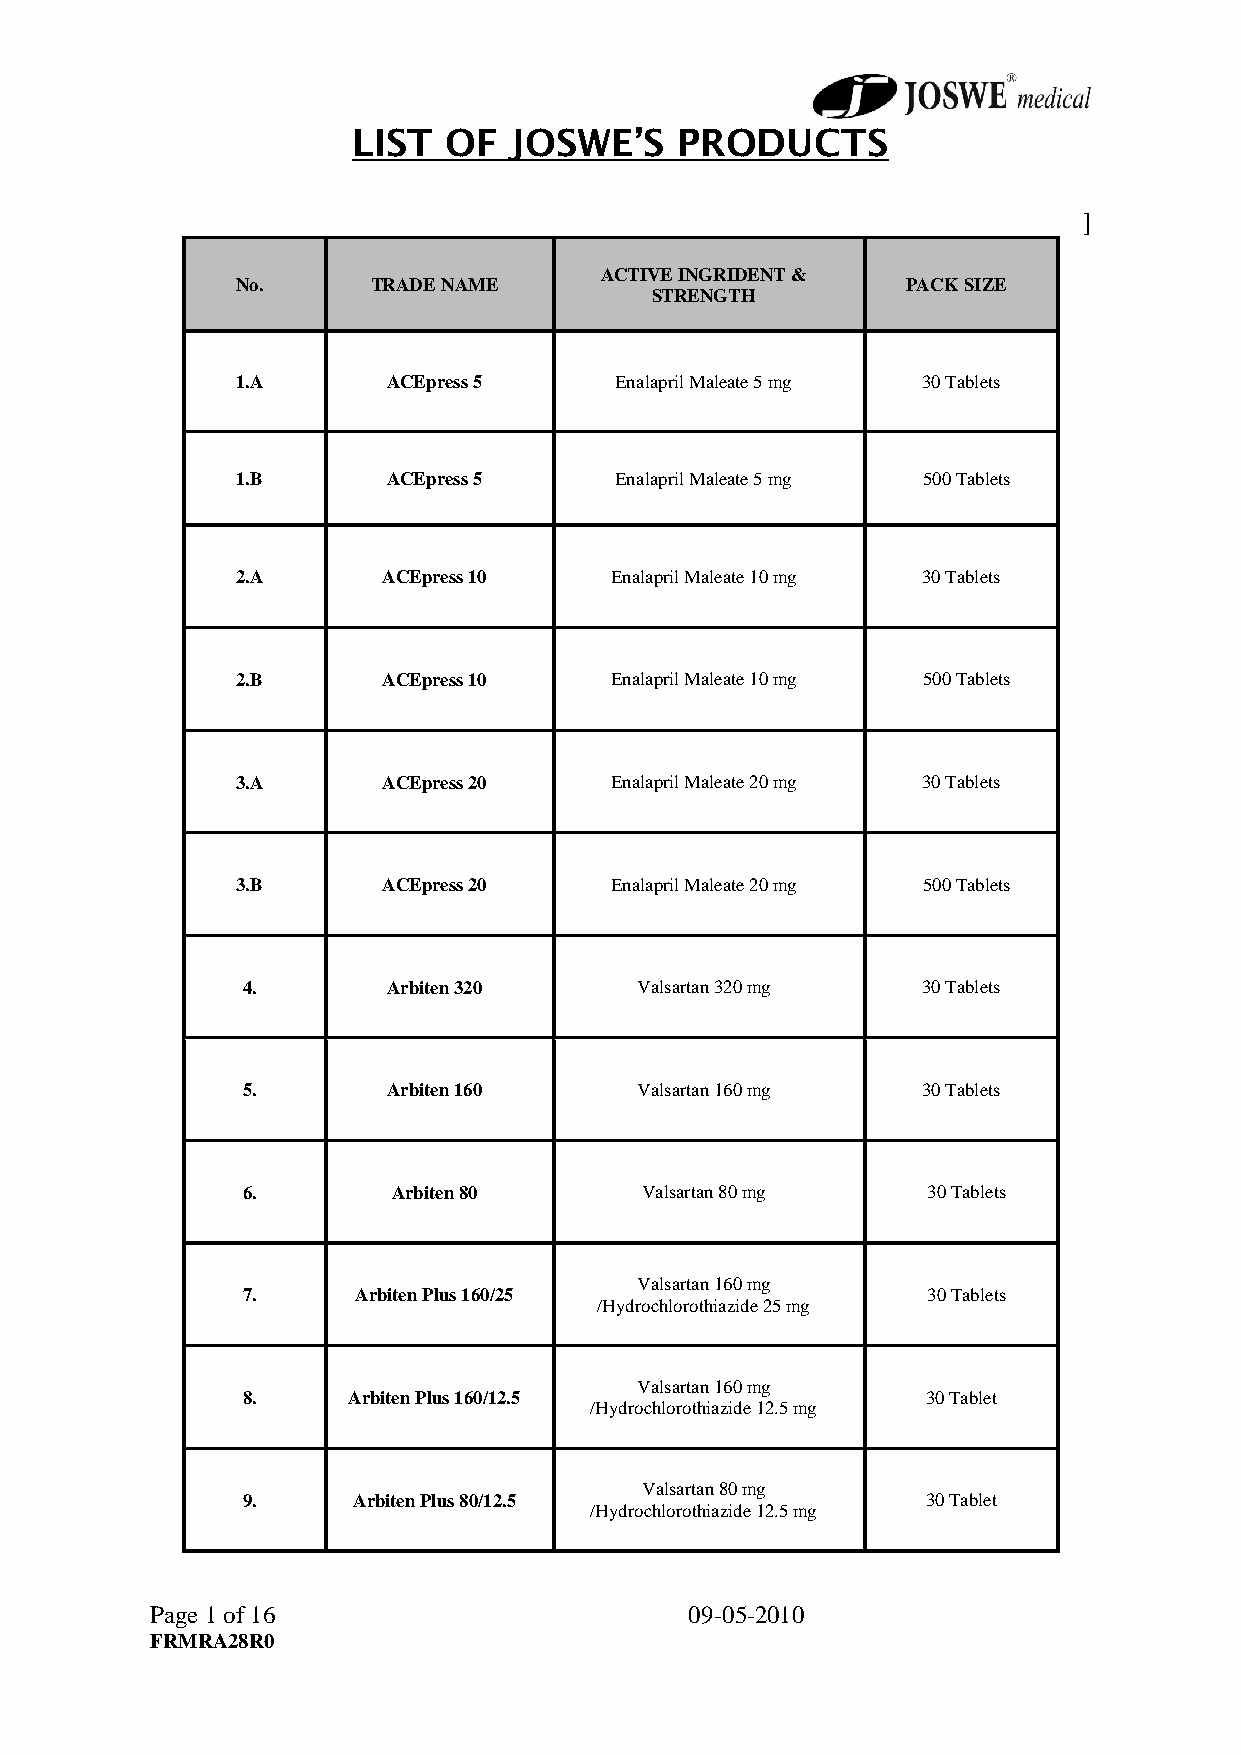
LIST   OF  JOSWE’S    PRODUCTS
 [
 ACTIVE INGRIDENT &
 No.      TRADE NAME                         PACK SIZE
 STRENGTH
 1.A       ACEpress 5     Enalapril Maleate 5 mg 30 Tablets
 1.B       ACEpress 5     Enalapril Maleate 5 mg 500 Tablets
 2.A      ACEpress 10    Enalapril Maleate 10 mg 30 Tablets
 2.B      ACEpress 10    Enalapril Maleate 10 mg 500 Tablets
 3.A      ACEpress 20    Enalapril Maleate 20 mg 30 Tablets
 3.B      ACEpress 20    Enalapril Maleate 20 mg 500 Tablets
 4.        Arbiten 320     Valsartan 320 mg   30 Tablets
 5.        Arbiten 160     Valsartan 160 mg   30 Tablets
 6.        Arbiten 80      Valsartan 80 mg    30 Tablets
 Valsartan 160 mg
 7.      Arbiten Plus 160/25                  30 Tablets
 /Hydrochlorothiazide 25 mg
 8.     Arbiten Plus 160/12.5
 Valsartan 160 mg
 30 Tablet
 /Hydrochlorothiazide 12.5 mg
 9.     Arbiten Plus 80/12.5
 Valsartan 80 mg
 30 Tablet
 /Hydrochlorothiazide 12.5 mg
 Page 1 of 16                        09-05-2010
 FRMRA28R0